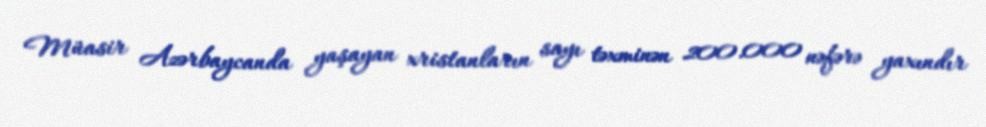
Müasir Azərbaycanda yaşayan xristanların sayı təxminən 200.000 nəfərə yaxındır